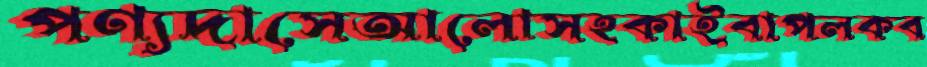
পণ্যদাসেআলোসহকাইবাপলকব